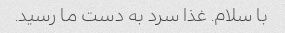
با سلام. غذا سرد به دست ما رسید.